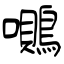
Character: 鶰